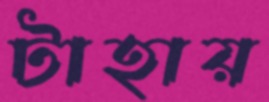
টাহায়